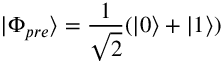
| \Phi _ { p r e } \rangle = \frac { 1 } { \sqrt { 2 } } ( | 0 \rangle + | 1 \rangle )